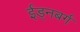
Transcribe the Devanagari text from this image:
ईड्नबर्ग